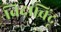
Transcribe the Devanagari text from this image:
विदाबिंदू